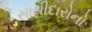
સાથીદારોનો